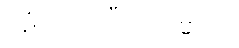
ပဋိသာရဏီယကမ္မဿ